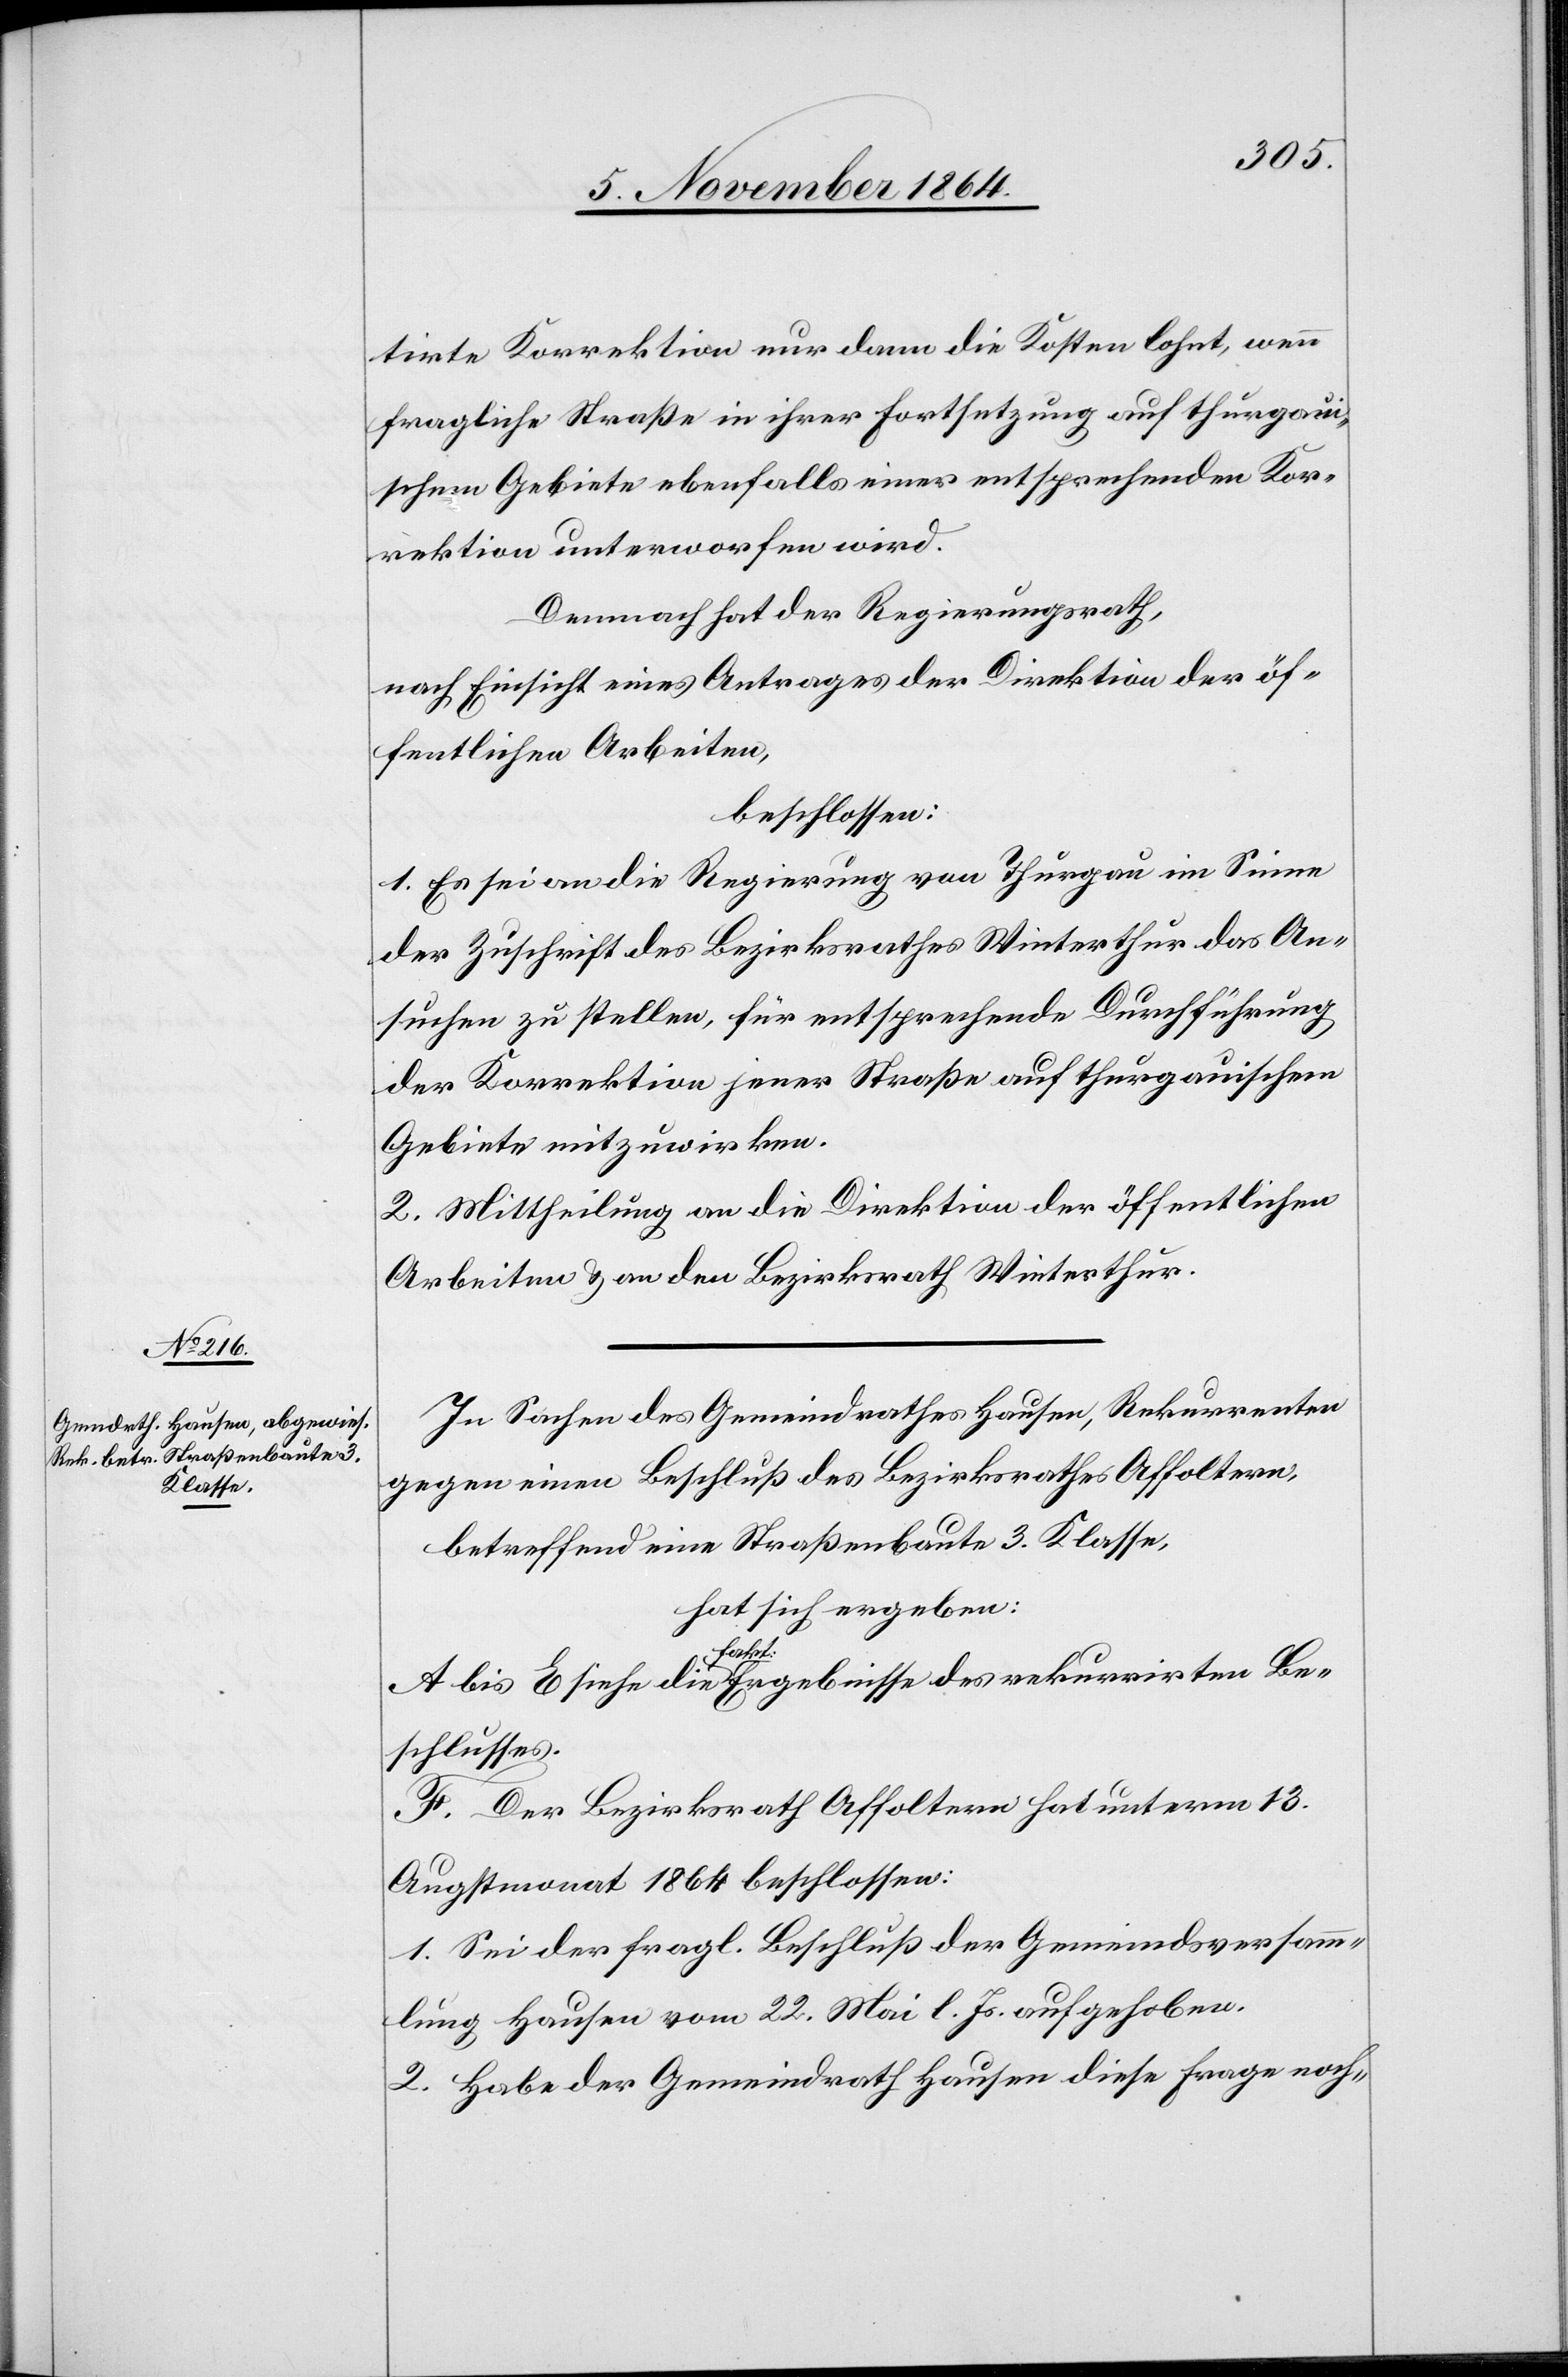
tirte Korrektion nur dann die Kosten lohnt, wenn
fragliche Straße in ihrer Fortsetzung auf thurgaui¬
schem Gebiete ebenfalls einer entsprechenden Kor¬
rektion unterworfen wird.
Demnach hat der Regierungsrath,
nach Einsicht eines Antrages der Direktion der öf¬
fentlichen Arbeiten,
beschlossen:
1. Es sei an die Regierung von Thurgau im Sinne
der Zuschrift des Bezirksrath Winterthur das An¬
suchen zu stellen, für entsprechende Durchführung
der Korrektion jener Straße auf thurgauischem
Gebiete mitzuwirken.
2. Mittheilung an die Direktion der öffentlichen
Arbeiten & an den Bezirksrath Winterthur.
In Sachen des Gemeindrathes Hausen, Rekurrenten
gegen einen Beschluß des Bezirksrathes Affoltern,
betreffend eine Straßenbaute 3. Klasse,
hat sich ergeben:
rirten
Beschlusses.
F. Der Bezirksrath Affoltern hat unterm 13.
Augstmonat 1864 beschlossen:
1. Sei der fragl. Beschluß der Gemeindsversamm¬
lung Hausen vom 22. Mai l. Js. aufgehoben.
2. Habe der Gemeindrath Hausen diese Frage noch-